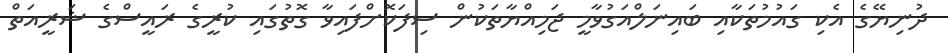
ދުނިޔޭގެ އެކި ގައުމުތަކާއި ބައިނަލްއަގުވާމީ ޖަމިއްޔާތަކުން ސިފަކޮށްފައިވާ ގޮތުގައި ކުރީގެ ރައީސްގެ ޝަރީއަތް